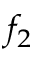
f _ { 2 }